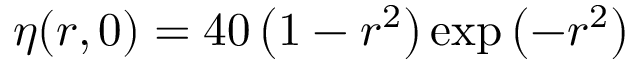
\eta ( r , 0 ) = 4 0 \left( 1 - r ^ { 2 } \right) \exp \left( - r ^ { 2 } \right)